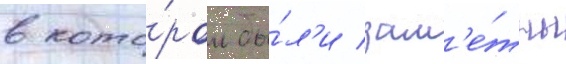
в кото́ром бы́л'и зам'е́тны